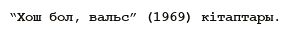
“Хош бол, вальс” (1969) кітаптары.